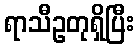
ရာသီဥတုရှိပြီး